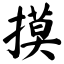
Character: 摸